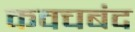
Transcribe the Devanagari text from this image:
कवचबंद